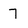
Character: 7